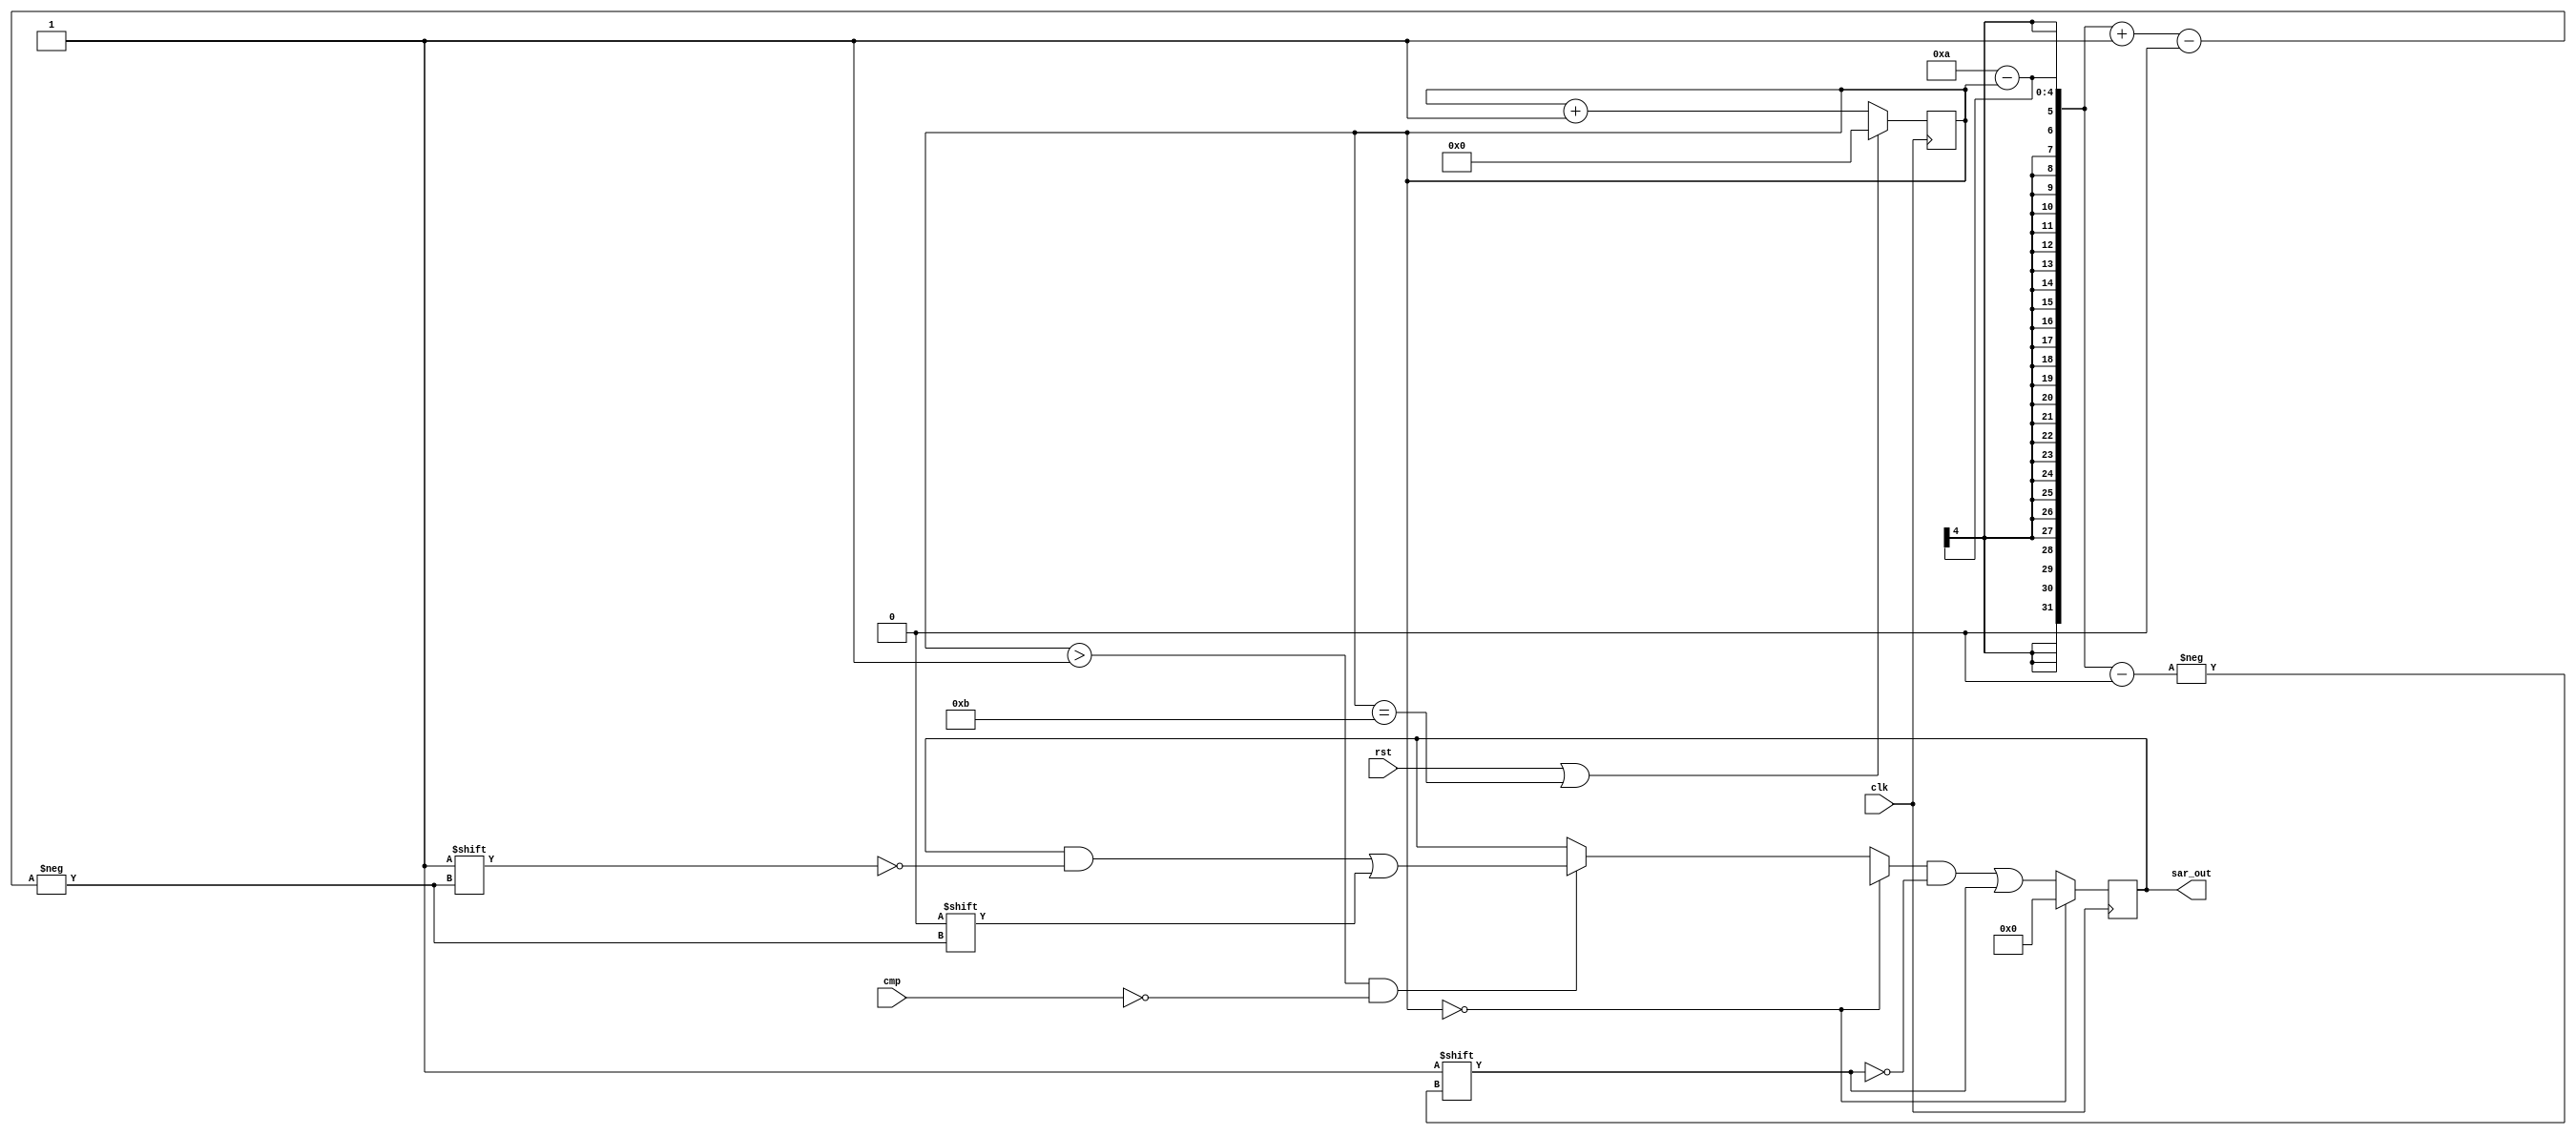
`default_nettype none
module sar_logic #(
    parameter PRECISION = 10
) (
    input rst,
    input clk,
    input cmp,
    output reg [PRECISION - 1 : 0] sar_out
);

    parameter COUNTER_LAST_BIT_INDEX = $clog2(PRECISION + 2) - 1;

    reg [COUNTER_LAST_BIT_INDEX : 0] clk_counter;

    always @(posedge clk) begin
        if (rst || clk_counter == PRECISION + 1)
            clk_counter <= 0;
        else 
            clk_counter <= clk_counter + 1;
    end

    always @(posedge clk) begin
        if (!clk_counter) begin
            sar_out <= 0;
        end
        else begin
            if (clk_counter > 1 && !cmp) begin
                sar_out[PRECISION - clk_counter + 1] <= 0;
            end
            sar_out[PRECISION - clk_counter] <= 1;
        end
    end

endmodule
`default_nettype wire